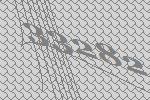
33282